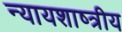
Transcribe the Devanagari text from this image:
न्यायशाष्त्रीय